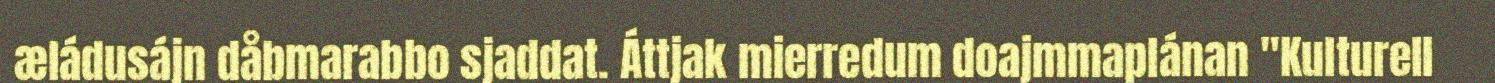
æládusájn dåbmarabbo sjaddat. Áttjak mierredum doajmmaplánan "Kulturell